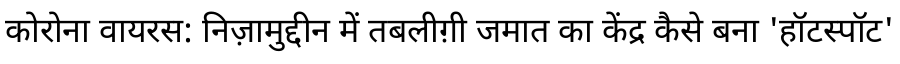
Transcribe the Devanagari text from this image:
कोरोना वायरस: निज़ामुद्दीन में तबलीग़ी जमात का केंद्र कैसे बना 'हॉटस्पॉट'